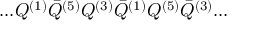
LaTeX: . . . Q ^ { ( 1 ) } { \bar { Q } } ^ { ( 5 ) } Q ^ { ( 3 ) } { \bar { Q } } ^ { ( 1 ) } Q ^ { ( 5 ) } { \bar { Q } } ^ { ( 3 ) } . . .